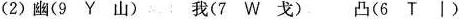
(2)幽(9 Y 山) 我(7 W 戈) 凸(6 T |)